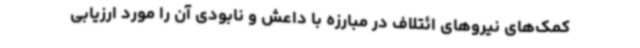
کمک‌های نیروهای ائتلاف در مبارزه با داعش و نابودی آن را مورد ارزیابی